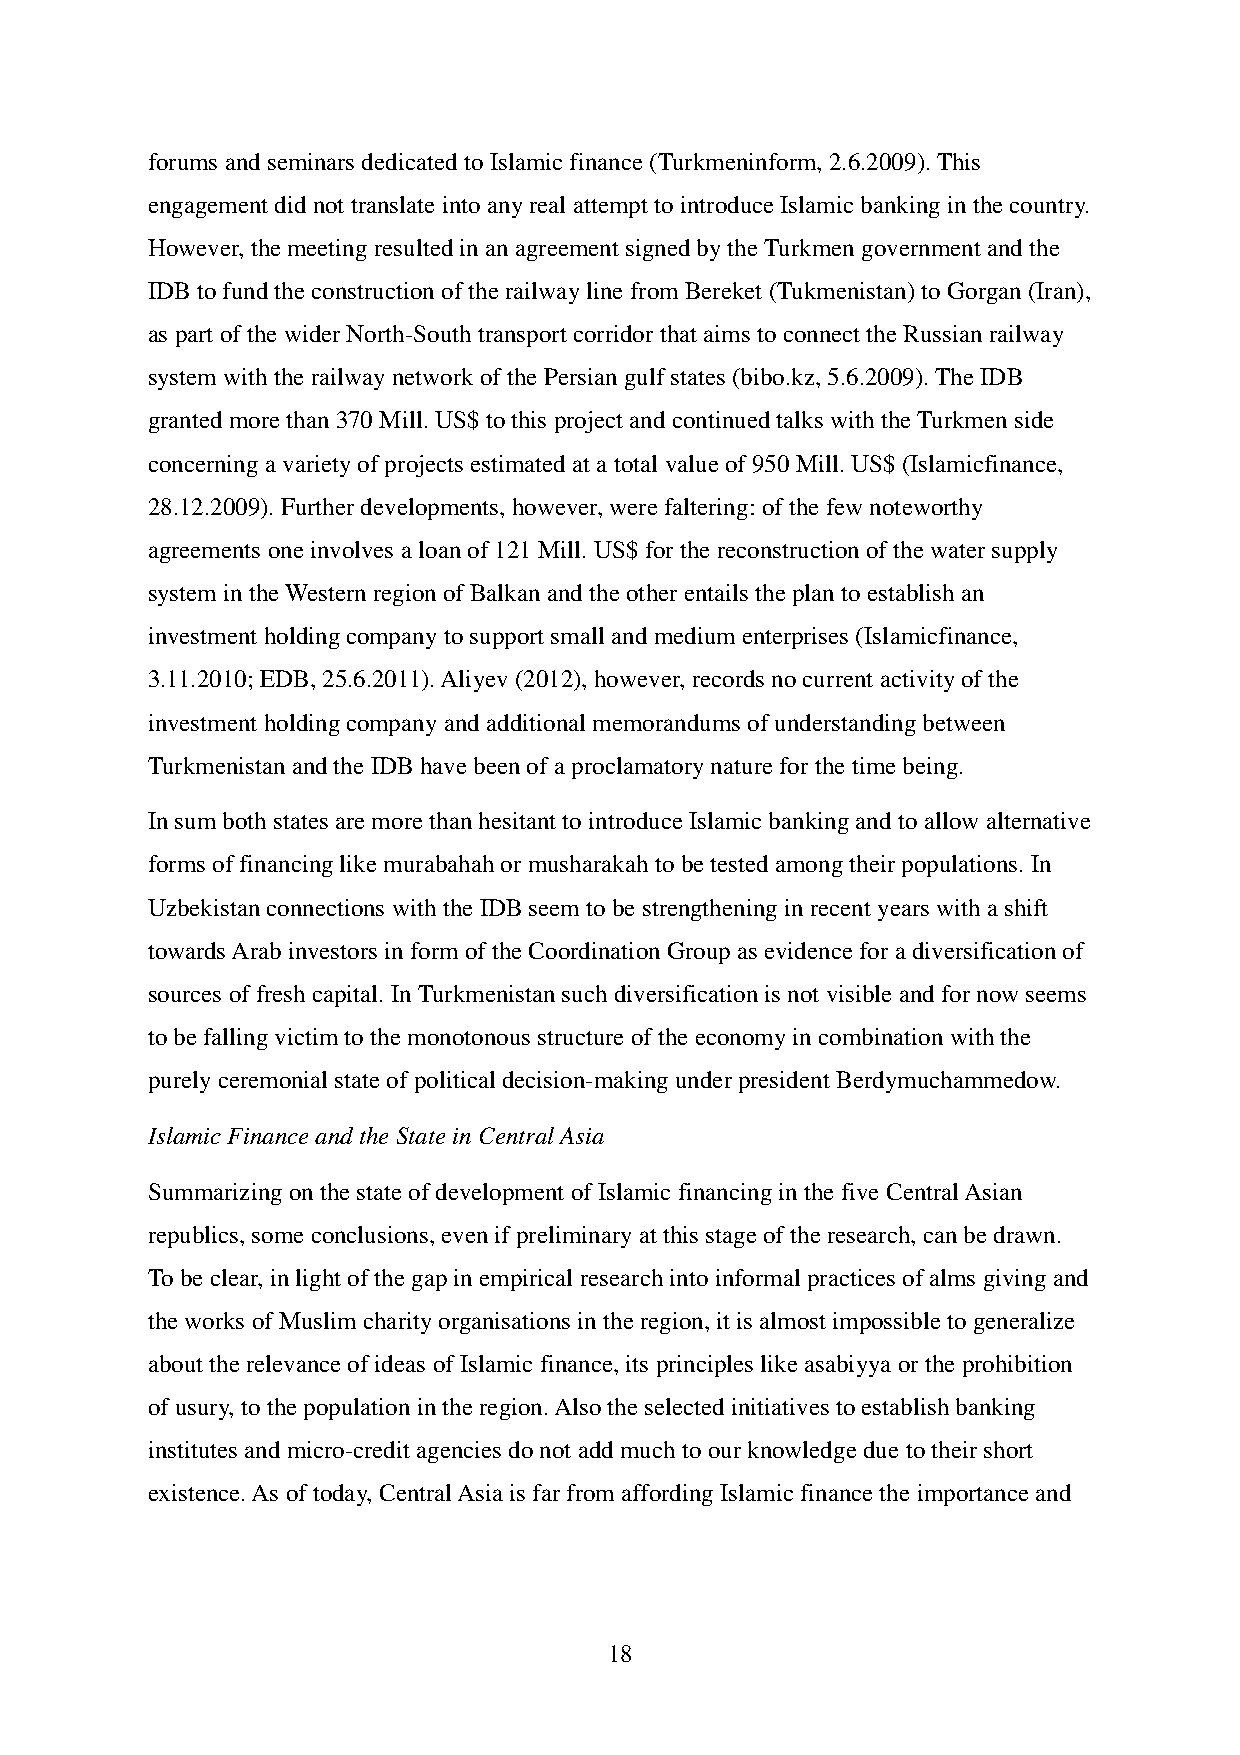
forums and seminars dedicated to Islamic finance (Turkmeninform, 2.6.2009). This
 engagement did not translate into any real attempt to introduce Islamic banking in the country.
 However, the meeting resulted in an agreement signed by the Turkmen government and the
 IDB to fund the construction of the railway line from Bereket (Tukmenistan) to Gorgan (Iran),
 as part of the wider North-South transport corridor that aims to connect the Russian railway
 system with the railway network of the Persian gulf states (bibo.kz, 5.6.2009). The IDB
 granted more than 370 Mill. US$ to this project and continued talks with the Turkmen side
 concerning a variety of projects estimated at a total value of 950 Mill. US$ (Islamicfinance,
 28.12.2009). Further developments, however, were faltering: of the few noteworthy
 agreements one involves a loan of 121 Mill. US$ for the reconstruction of the water supply
 system in the Western region of Balkan and the other entails the plan to establish an
 investment holding company to support small and medium enterprises (Islamicfinance,
 3.11.2010; EDB, 25.6.2011). Aliyev (2012), however, records no current activity of the
 investment holding company and additional memorandums of understanding between
 Turkmenistan and the IDB have been of a proclamatory nature for the time being.
 In sum both states are more than hesitant to introduce Islamic banking and to allow alternative
 forms of financing like murabahah or musharakah to be tested among their populations. In
 Uzbekistan connections with the IDB seem to be strengthening in recent years with a shift
 towards Arab investors in form of the Coordination Group as evidence for a diversification of
 sources of fresh capital. In Turkmenistan such diversification is not visible and for now seems
 to be falling victim to the monotonous structure of the economy in combination with the
 purely ceremonial state of political decision-making under president Berdymuchammedow.
 Islamic Finance and the State in Central Asia
 Summarizing on the state of development of Islamic financing in the five Central Asian
 republics, some conclusions, even if preliminary at this stage of the research, can be drawn.
 To be clear, in light of the gap in empirical research into informal practices of alms giving and
 the works of Muslim charity organisations in the region, it is almost impossible to generalize
 about the relevance of ideas of Islamic finance, its principles like asabiyya or the prohibition
 of usury, to the population in the region. Also the selected initiatives to establish banking
 institutes and micro-credit agencies do not add much to our knowledge due to their short
 existence. As of today, Central Asia is far from affording Islamic finance the importance and
 18